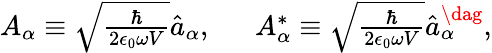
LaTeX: \begin{array}{r}{A_{\alpha}\equiv\sqrt{\frac{\hbar}{2\epsilon_{0}\omega V}}\hat{a}_{\alpha},\ \ \ \ \ \ A_{\alpha}^{*}\equiv\sqrt{\frac{\hbar}{2\epsilon_{0}\omega V}}\hat{a}_{\alpha}^{\dag},}\end{array}